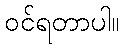
ဝင်ရတာပါ။